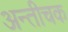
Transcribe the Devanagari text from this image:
अन्तीचक